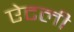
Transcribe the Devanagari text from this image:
ऐटली